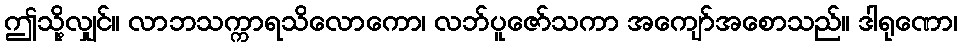
ဤသို့လျှင်။ လာဘသက္ကာရသိလောကော၊ လဘ်ပူဇော်သကာ အကျော်အစောသည်။ ဒါရုဏော၊